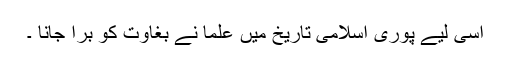
اسی لیے پوری اسلامی تاریخ میں علما نے بغاوت کو برا جانا ۔